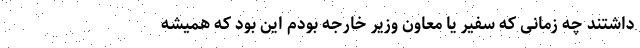
داشتند چه زمانی که سفیر یا معاون وزیر خارجه بودم این بود که همیشه